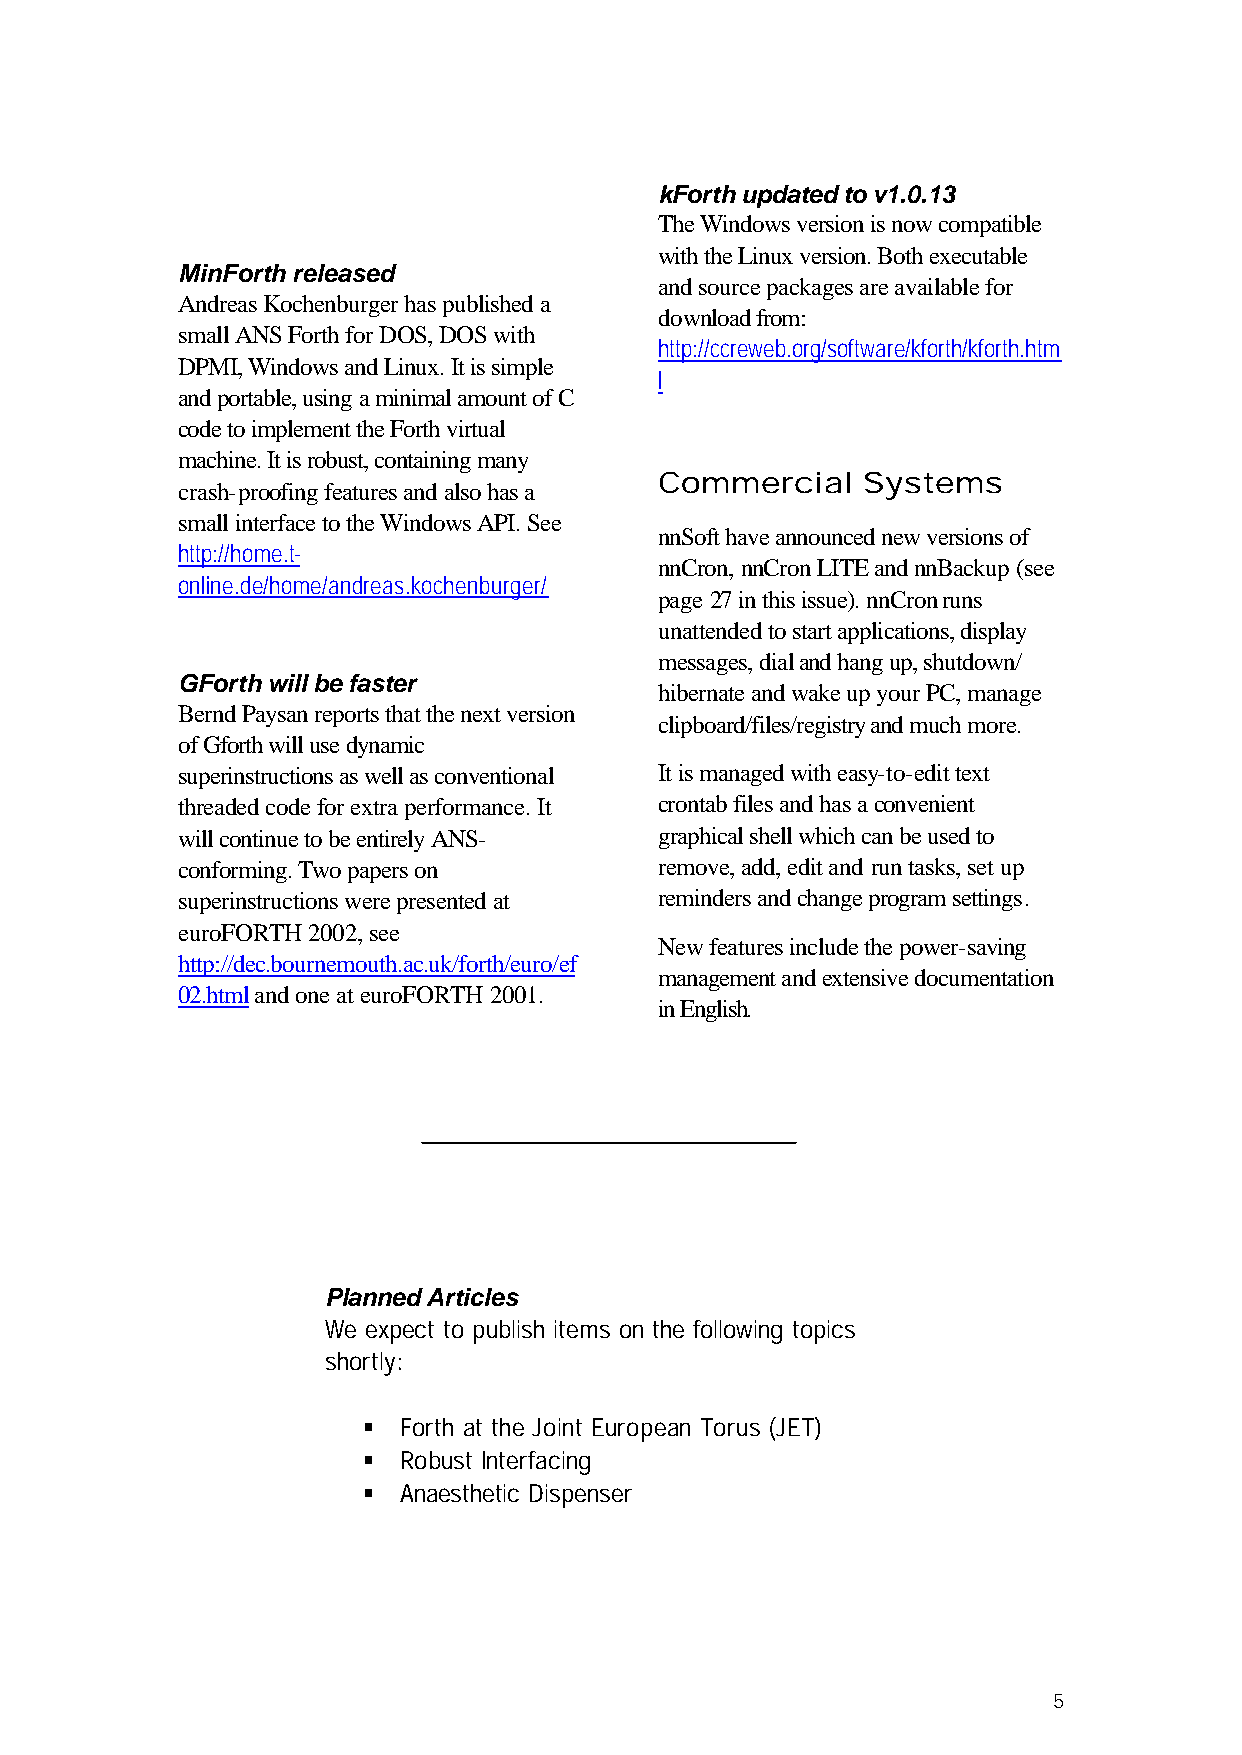
kForth updated to v1.0.13
 The Windows version is now compatible
 with the Linux version. Both executable
 MinForth released
 and source packages are available for
 Andreas Kochenburger has published a
 download from:
 small ANS Forth for DOS, DOS with
 http://ccreweb.org/software/kforth/kforth.htm
 DPMI, Windows and Linux. It is simple
 l
 and portable, using a minimal amount of C
 code to implement the Forth virtual
 machine. It is robust, containing many
 Commercial   Systems
 crash-proofing features and also has a
 small interface to the Windows API. See
 nnSoft have announced new versions of
 http://home.t-
 nnCron, nnCron LITE and nnBackup (see
 online.de/home/andreas.kochenburger/
 page 27 in this issue). nnCron runs
 unattended to start applications, display
 messages, dial and hang up, shutdown/
 GForth will be faster
 hibernate and wake up your PC, manage
 Bernd Paysan reports that the next version
 clipboard/files/registry and much more.
 of Gforth will use dynamic
 superinstructions as well as conventional It is managed with easy-to-edit text
 threaded code for extra performance. It crontab files and has a convenient
 will continue to be entirely ANS- graphical shell which can be used to
 conforming. Two papers on       remove, add, edit and run tasks, set up
 superinstructions were presented at reminders and change program settings.
 euroFORTH 2002, see
 New features include the power-saving
 http://dec.bournemouth.ac.uk/forth/euro/ef
 management and extensive documentation
 02.html and one at euroFORTH 2001.
 in English.
 Planned Articles
 We expect to publish items on the following topics
 shortly:
 § Forth at the Joint European Torus (JET)
 § Robust Interfacing
 § Anaesthetic Dispenser
 5